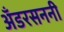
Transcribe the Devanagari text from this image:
अँडरसननी